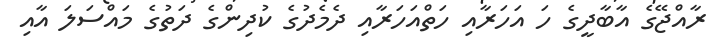
ރާއްޖޭގެ އާބާދީގެ ހަ އަހަރާއި ހަތްއަހަރާއި ދެމެދުގެ ކުދިންގެ ދަތުގެ މައްސަލަ އާއި